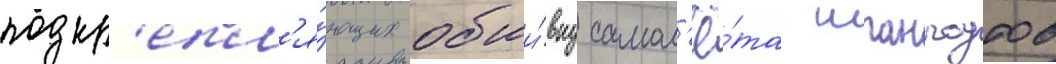
подкр'епл'я́ющих обши́вку самол'ё́та шпангоутов